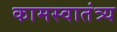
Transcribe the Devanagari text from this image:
कामस्वातंत्र्य